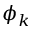
\phi _ { k }